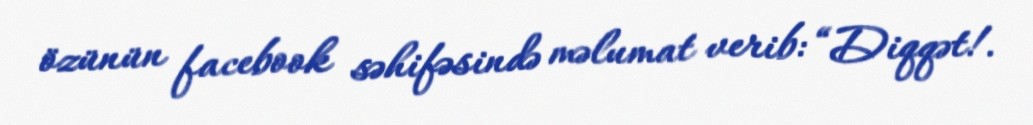
özünün facebook səhifəsində məlumat verib: “Diqqət!.